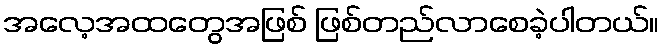
အလေ့အထတွေအဖြစ် ဖြစ်တည်လာစေခဲ့ပါတယ်။